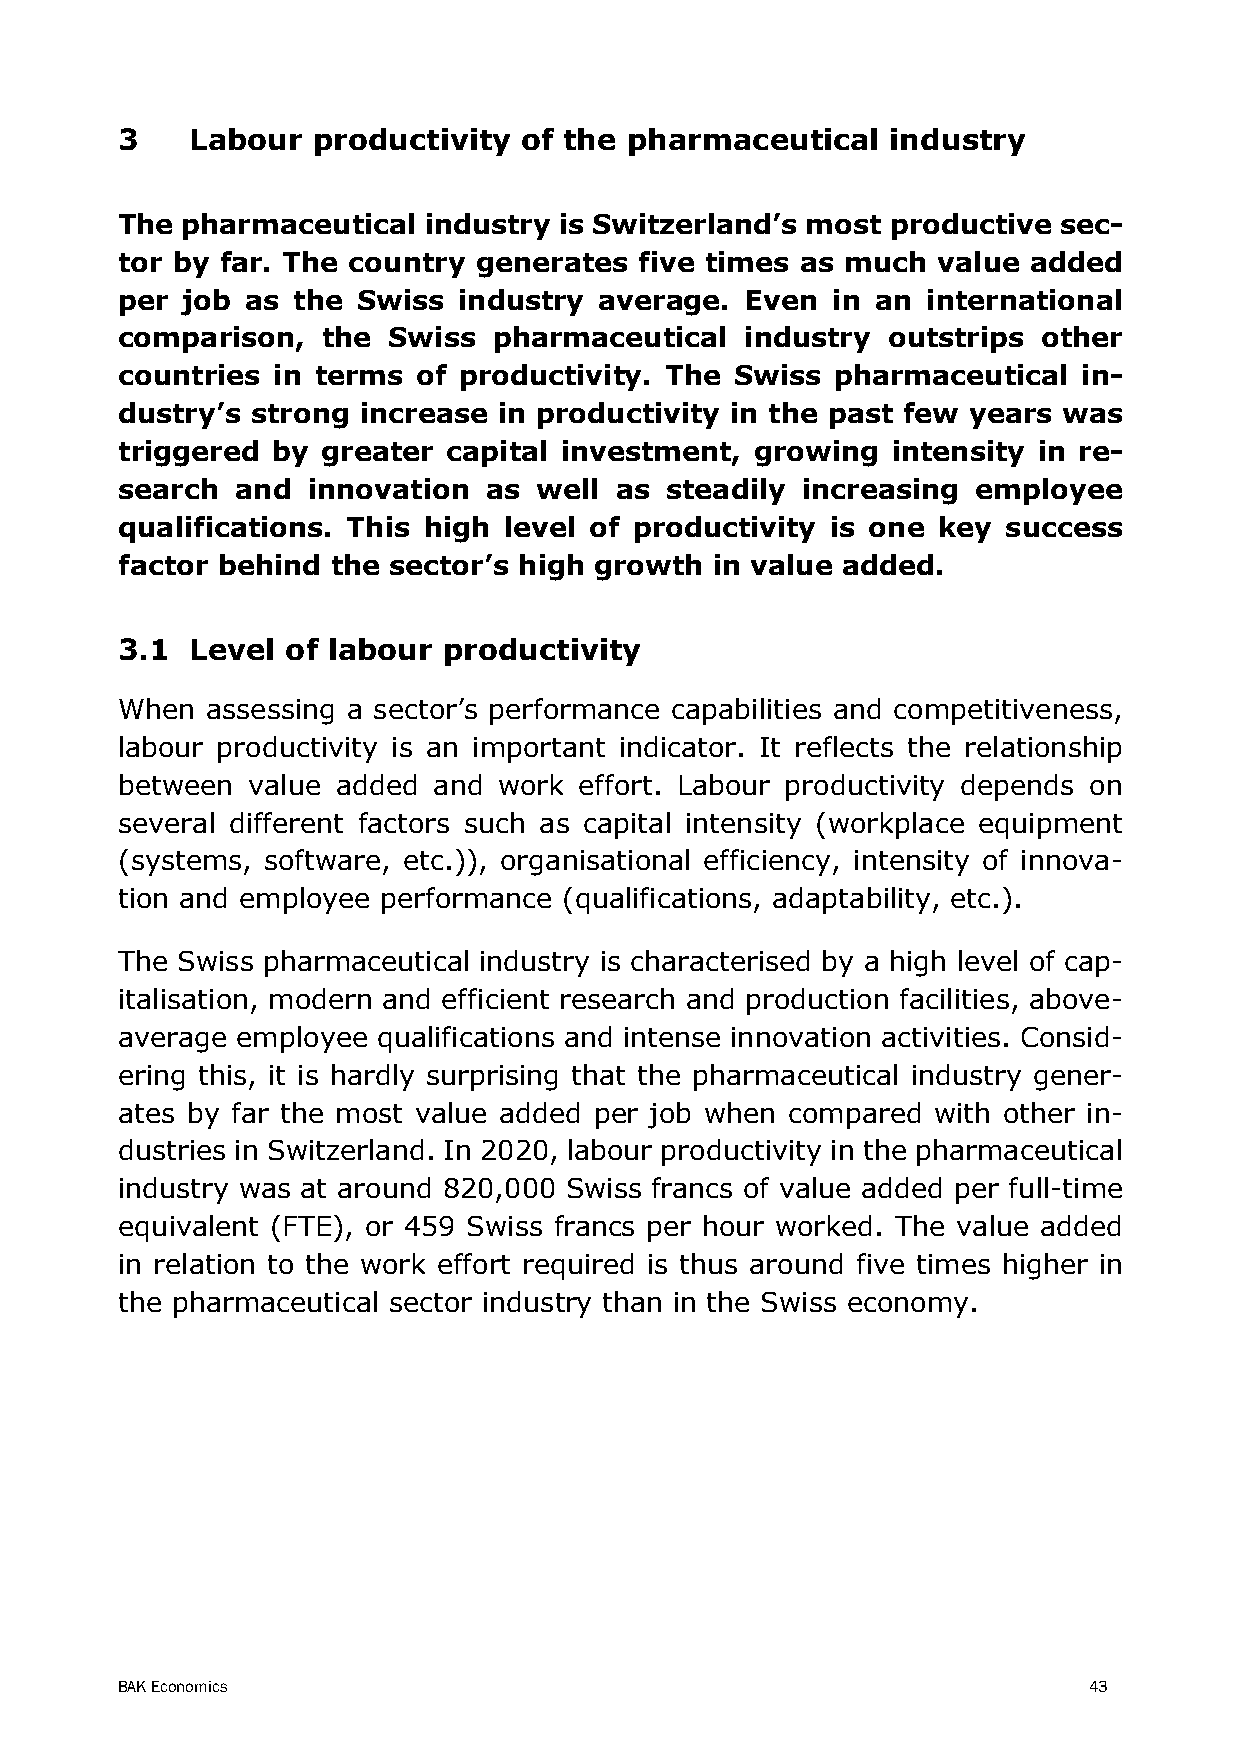
3    Labour  productivity of the pharmaceutical    industry
 The pharmaceutical  industry is Switzerland’s most productive sec-
 tor by far. The country generates five times as much  value added
 per job as the  Swiss industry  average. Even  in an international
 comparison,  the  Swiss  pharmaceutical  industry  outstrips other
 countries in terms  of productivity. The Swiss pharmaceutical   in-
 dustry’s strong increase in productivity in the past few years was
 triggered by greater  capital investment, growing  intensity in re-
 search  and innovation  as well  as steadily increasing  employee
 qualifications. This high level of productivity is one key success
 factor behind the sector’s high growth in value added.
 3.1  Level of labour productivity
 When  assessing a sector’s performance capabilities and competitiveness,
 labour productivity is an important indicator. It reflects the relationship
 between value added  and work effort. Labour productivity depends on
 several different factors such as capital intensity (workplace equipment
 (systems, software, etc.)), organisational efficiency, intensity of innova-
 tion and employee performance (qualifications, adaptability, etc.).
 The Swiss pharmaceutical industry is characterised by a high level of cap-
 italisation, modern and efficient research and production facilities, above-
 average employee qualifications and intense innovation activities. Consid-
 ering this, it is hardly surprising that the pharmaceutical industry gener-
 ates by far the most value added per job when compared with other in-
 dustries in Switzerland. In 2020, labour productivity in the pharmaceutical
 industry was at around 820,000 Swiss francs of value added per full-time
 equivalent (FTE), or 459 Swiss francs per hour worked. The value added
 in relation to the work effort required is thus around five times higher in
 the pharmaceutical sector industry than in the Swiss economy.
 BAK Economics                                                   43